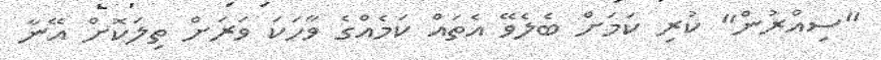
"ސިއްރުން" ކުރި ކަމަށް ބެލެވޭ އެތައް ކަމެއްގެ ވާހަކަ ވަރަށް ތިލަކޮށް އޭނާ